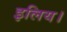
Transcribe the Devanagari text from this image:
इलिय।